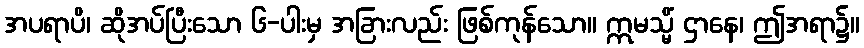
အပရာပိ၊ ဆိုအပ်ပြီးသော ၆-ပါးမှ အခြားလည်း ဖြစ်ကုန်သော။ ဣမသ္မိံ ဌာနေ၊ ဤအရာ၌။